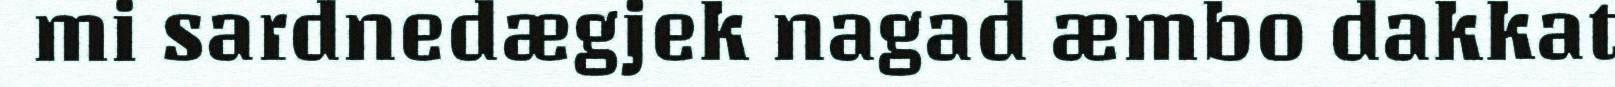
mi sardnedægjek nagad æmbo dakkat